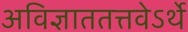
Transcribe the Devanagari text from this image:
अविज्ञाततत्तवेऽर्थे